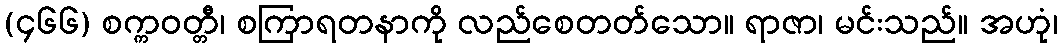
(၄၆၆) စက္ကဝတ္တီ၊ စကြာရတနာကို လည်စေတတ်သော။ ရာဇာ၊ မင်းသည်။ အဟုံ၊